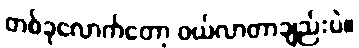
တစ်ခုလောက်တော့ ဝယ်လာတာချည်းပဲ။